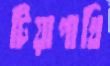
টিয়াপাখি